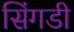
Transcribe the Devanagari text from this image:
सिंगडी